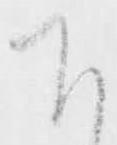
下